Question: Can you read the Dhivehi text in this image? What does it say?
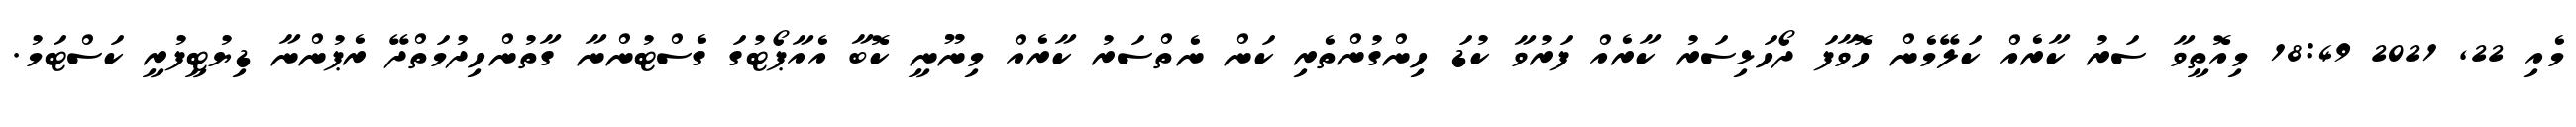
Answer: މެއި 22, 2021 18:49 މިއޮތީވާ ސަރު ކާރެއް ކަލޭމެން ހޮވާފަ ދޯހަޅިސަރު ކާރެއް ފަރުވާ ކުޑަ ހިންގުންތެރި ކަން ނެތްސަރު ކާރެއް މިނޫނީ ކޮބާ އެއާޕޯޓުގަ ގެސްޓުންނާ ގާތުންހިދުމަތްދޭ ރެޕުންނާ ޑިޔުޓީފުރީ ކަސްޓަމު.